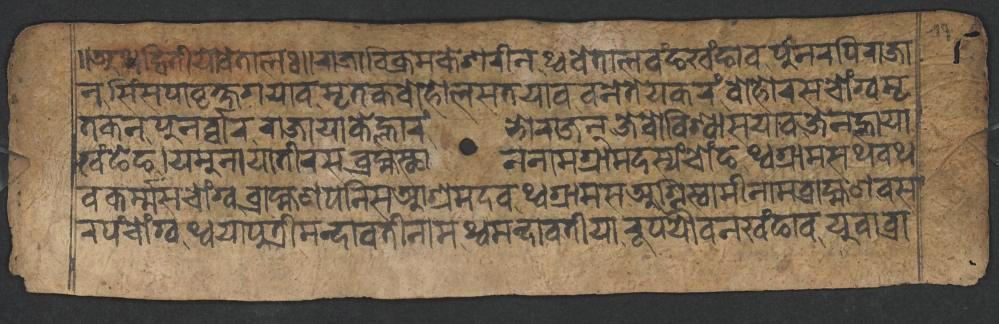
𑑌𑐀𑐠𑐡𑑂𑐰𑐶𑐟𑐷𑐫𑑀𑐰𑐾𑐟𑐵𑐮𑑅𑑌𑐬𑐵𑐖𑐵𑐰𑐶𑐎𑑂𑐬𑐩𑐎𑐾𑐱𑐬𑐷𑐣𑐠𑑂𑐰𑐰𑐾𑐟𑐵𑐮𑐰𑑄𑐒𑐏𑑄𑐒𑐵𑐰𑐥𑐸𑐣𑐬𑐥𑐶𑐬𑐵𑐖𑐵 𑐣𑐳𑐶𑑄𑐳𑐥𑐵𑐰𑐺𑐎𑑂𑐲𑐐𑐫𑐵𑐰𑐩𑐺𑐟𑐎𑐧𑑀𑐴𑑀𑐮𑐳𑐟𑐫𑐵𑐰𑐰𑐣𑐾𑐟𑐾𑐫𑐎𑐬𑑄𑐧𑑀𑐴𑑀𑐬𑐳𑐔𑑀𑑄𑐐𑑂𑐰𑐩𑐺 𑐟𑐎𑐣𑐥𑐸𑐣𑐬𑑂𑐧𑑂𑐧𑐵𑐬𑐬𑐵𑐖𑐵𑐫𑐵𑐎𑐾𑐮𑑂𑐴𑐵𑐬𑑄𑐨𑑀𑐬𑐵𑐖𑐣𑑂𑐖𑐾𑐰𑑀𑐰𑐶𑐱𑑂𑐰𑐵𑐳𑐫𑐵𑐰𑐖𑐾𑐣𑐮𑑂𑐴𑐵𑐫𑐵 𑐏𑑄𑐒𑐾𑐒𑐫𑐩𑐸𑐣𑐵𑐫𑐵𑐟𑐷𑐬𑐳𑐧𑑂𑐬𑐴𑑂𑐩𑐳𑑂𑐠𑐵𑐣𑐣𑐵𑐩𑐐𑑂𑐬𑐵𑐩𑐡𑐳𑑂𑐫𑑄𑐔𑑀𑑄𑐒𑐠𑑂𑐰𑐐𑑂𑐬𑐵𑐩𑐳𑐠𑐰𑐠 𑐰𑐎𑐬𑑂𑐩𑑂𑐩𑐳𑐔𑑀𑑄𑐐𑑂𑐰𑐧𑑂𑐬𑐵𑐴𑑂𑐩𑐞𑐥𑐣𑐶𑐳𑐁𑐱𑑂𑐬𑐩𑐡𑐰𑐠𑑂𑐰𑐐𑑂𑐬𑐵𑐩𑐳𑐀𑐐𑑂𑐣𑐶𑐳𑑂𑐰𑐵𑐩𑐷𑐣𑐵𑐩𑐧𑑂𑐬𑐵𑐴𑑂𑐩𑐞𑐧𑐳 𑐬𑐥𑑄𑐔𑑀𑑄𑐐𑑂𑐰𑐠𑑂𑐰𑐫𑐵𑐥𑐸𑐟𑑂𑐬𑐷𑐩𑐣𑑂𑐡𑐵𑐰𑐟𑐷𑐣𑐵𑐩𑐠𑑂𑐰𑐩𑐣𑑂𑐡𑐵𑐰𑐟𑐷𑐫𑐵𑐬𑐹𑐥𑐫𑑁𑐰𑐣𑐏𑑄𑐒𑐵𑐰𑐫𑐸𑐰𑐵𑐧𑑂𑐬𑐵